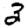
Digit: 3